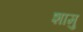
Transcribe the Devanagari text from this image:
शामु